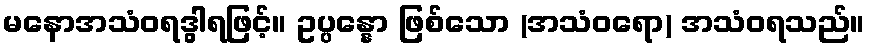
မနောအသံဝရဒွါရဖြင့်။ ဥပ္ပန္နော ဖြစ်သော (အသံဝရော) အသံဝရသည်။